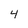
Character: 4